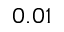
0 . 0 1